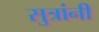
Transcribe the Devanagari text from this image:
सुत्रांनी